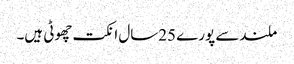
ملندسے پورے 25سال انکت چھوٹی ہیں۔